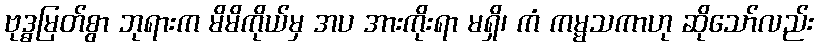
ဗုဒ္ဓမြတ်စွာ ဘုရားက မိမိကိုယ်မှ အပ အားကိုးရာ မရှိ၊ ကံ ကမ္မသကာဟု ဆိုသော်လည်း